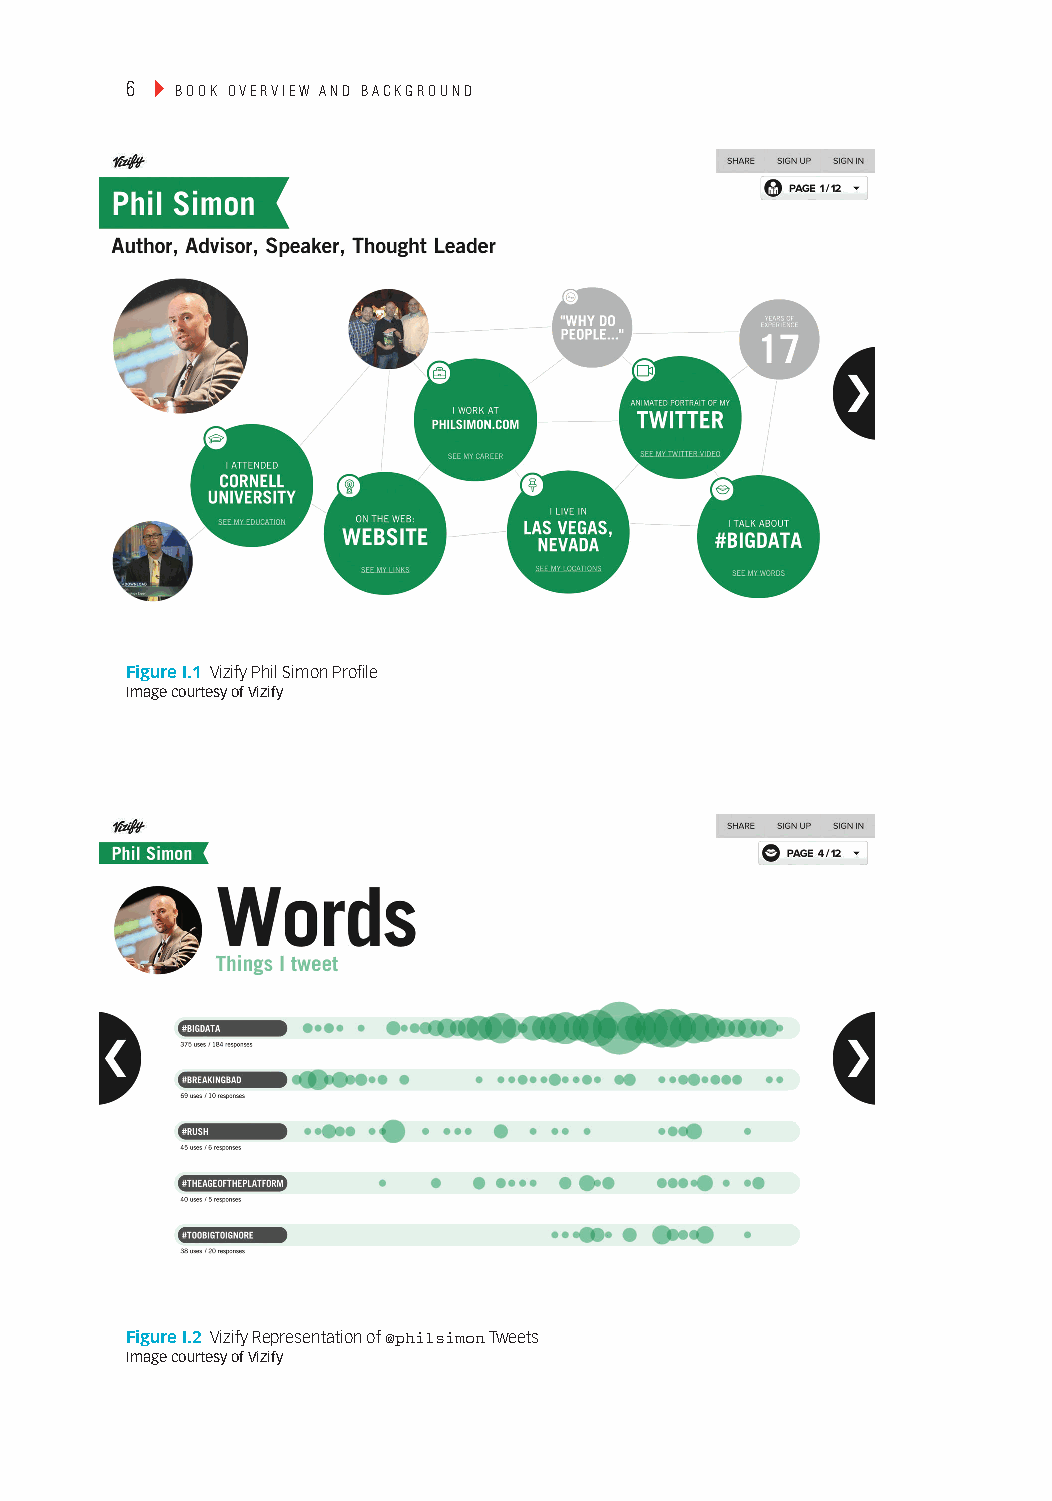
6 ▸ Book overview and Background
 Figure I.1 Vizify Phil Simon Profile
 Image courtesy of Vizify
 Figure I.2 Vizify representation of @philsimon tweets
 Image courtesy of Vizify
 cintro 6                                                  January 28, 2014 9:50 PM